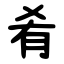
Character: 肴